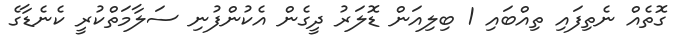
ގޮތެއް ނެތިފައި ތިއްބައި 1 ބިލިއަން ޑޮލަރު ދީގެން އެކުންފުނި ސަލާމަތްކުރީ ކެނެޑާގެ